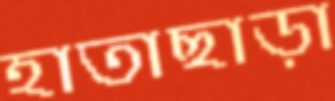
হাতাছাড়া